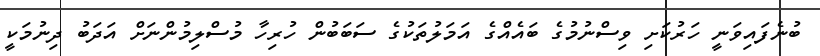
ބުނެފައިވަނީ ހަރުކަށި ވިސްނުމުގެ ބައެއްގެ އަމަލުތަކުގެ ސަބަބުން ހުރިހާ މުސްލިމުންނަށް އަދަބު ދިނުމަކީ